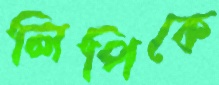
লিপিকে